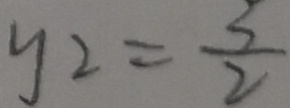
y _ { 2 } = \frac { 3 } { 2 }